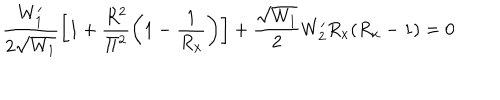
\frac { W _ { 1 } ^ { \prime } } { 2 \sqrt { W _ { 1 } } } \left[ 1 + \frac { R ^ { 2 } } { \Pi ^ { 2 } } \left( 1 - \frac { 1 } { R _ { x } } \right) \right] + \frac { \sqrt { W _ { 1 } } } { 2 } W _ { 2 } ^ { \prime } R _ { x } ( R _ { x } - 1 ) = 0